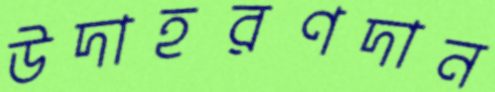
উদাহরণদান